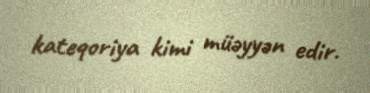
kateqoriya kimi müəyyən edir.